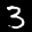
Label: 3